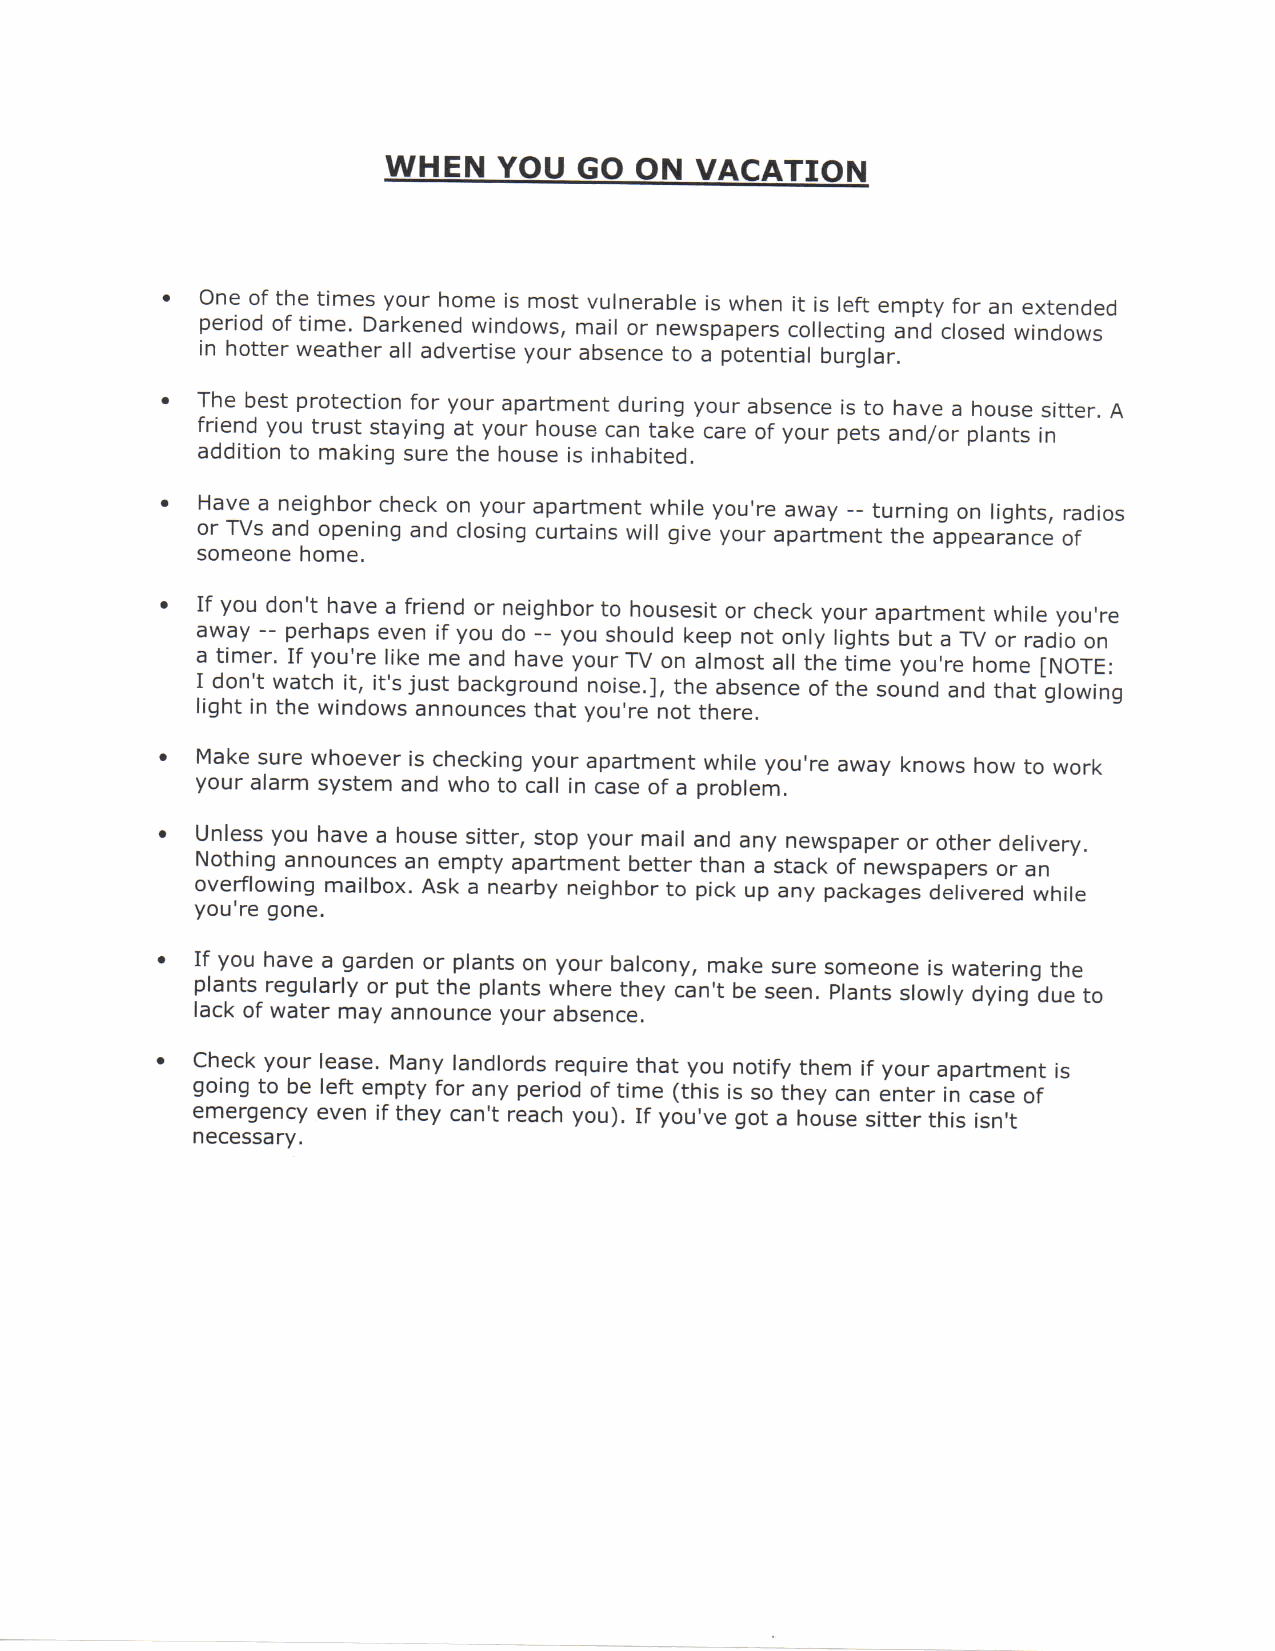
WHEN   YOU  GO  ON  VACATION
 One of the times your home is most vulnerable is when it is left empty for an extended
 period of time. Darkened windows, mail or newspapers collecting and closed windows
 in hotter weather all advertise your absence to a potential burglar.
 The best protection for your apartment during your absence is to have a house sitter. A
 friend you trust staying at your house can take care of your pets and/or plants in
 addition to making sure the house is inhabited.
 Have a neighbor check on your apartment while you're away — turning on lights, radios
 or TVs and opening and closing curtains will give your apartment the appearance of
 someone home.
 If you don't have a friend or neighbor to housesit or check your apartment while you're
 away — perhaps even if you do — you should keep not only lights but a TV or radio on
 a timer. If you're like me and have your TV on almost all the time you're home [NOTE:
 I don't watch it, it's just background noise.], the absence of the sound and that glowing
 light in the windows announces that you're not there.
 Make sure whoever is checking your apartment while you're away knows how to work
 your alarm system and who to call in case of a problem.
 Unless you have a house sitter, stop your mail and any newspaper or other delivery.
 Nothing announces an empty apartment better than a stack of newspapers or an
 overflowing mailbox. Ask a nearby neighbor to pick up any packages delivered while
 you're gone.
 If you have a garden or plants on your balcony, make sure someone is watering the
 plants regularly or put the plants where they can't be seen. Plants slowly dying due to
 lack of water may announce your absence.
 Check your lease. Many landlords require that you notify them if your apartment is
 going to be left empty for any period of time (this is so they can enter in case of
 emergency even if they can't reach you). If you've got a house sitter this isn't
 necessary.